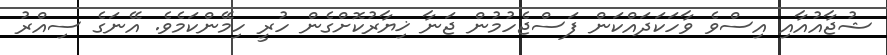
ޝުޖާއުއާއި އިސްވެ ވާހަކަދައްކަން ފަސްޖެހުމުން ޖަނާ ޚިޔާރުކޮށްގެން ހުރީ ހިމޭންކަމެވެ. އޭނަގެ ސިއްރު